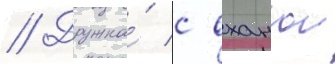
// Дружна́ с оханои